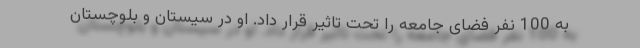
به 100 نفر فضای جامعه را تحت تاثیر قرار داد. او در سیستان و بلوچستان